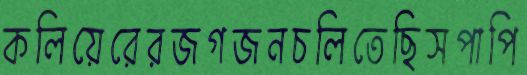
কলিয়েরেরজগজনচলিতেছিসপাপি